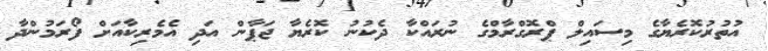
އުތުރުކޮރެޔާގެ މިސައިލް ޕްރޮގްރާމްގެ ނުރައްކާ ދެކުނު ކޮރެޔާ ޖަޕާން އަދި އެމެރިކާއަށް ފޯރަމުންދާ